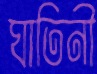
ঘাতিনী